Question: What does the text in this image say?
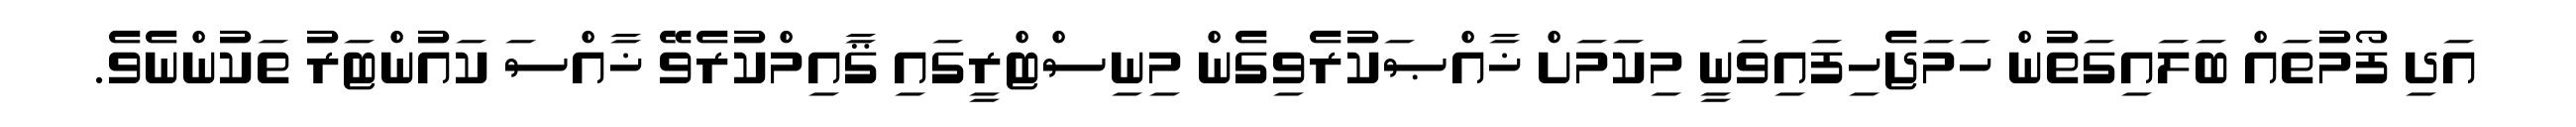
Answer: އަދި ފޯމުތައް ބަލައިގަތުން ހަމަޖެހިފައިވަނީ މިކަމަށް ޚާއްޞަކުރެވިގެން މިނިސްޓްރީގައި ޤާއިމްކުރެވޭ ޚާއްސަ ކައުންޓަރު ތަކުންނެވެ.